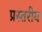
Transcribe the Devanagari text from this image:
प्रस्तरीय